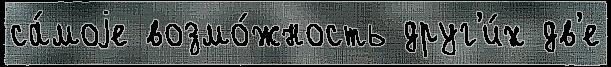
са́моjе возмо́жность друг'и́х дв'е